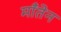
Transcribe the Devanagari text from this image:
माँतेन